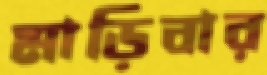
মাড়িবার